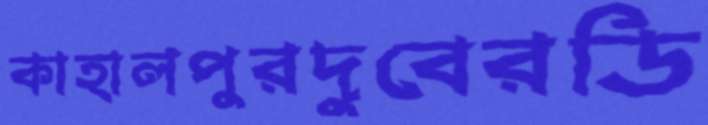
কাহালপুরদুবেরডি